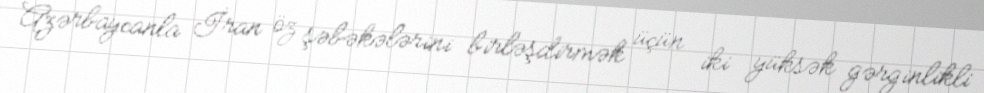
Azərbaycanla İran öz şəbəkələrini birləşdirmək üçün iki yüksək gərginlikli